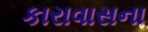
કારાવાસના